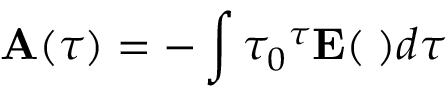
{ \bf A } ( \tau ) = - \int { \tau _ { 0 } } ^ { \tau } { \bf E ( \tau ) } d \tau